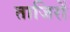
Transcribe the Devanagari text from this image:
ताजिरों